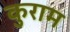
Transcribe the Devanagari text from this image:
कुराम